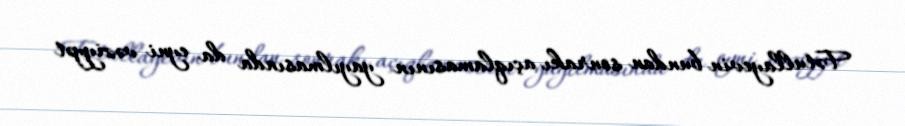
Fətullayevin bundan sonrakı açıqlamasının yayılmasında da eyni vəziyyət